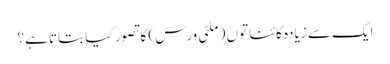
ایک سے زیادہ کائناتوں (ملٹی ورس) کا تصور کیا بتاتا ہے؟